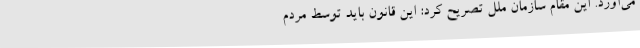
می‌آورد. این مقام سازمان ملل تصریح کرد: این قانون باید توسط مردم